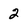
Character: 2